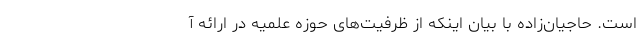
است. حاجیان‌زاده با بیان اینکه از ظرفیت‌های حوزه علمیه در ارائه آ